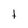
Character: t